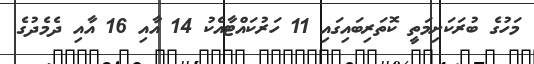
މަހުގެ ބުރަކަށިމަތީ ކޮތަރިބައިގައި 11 ހަރުކައްޓާއެކު 14 އާއި 16 އާއި ދެމެދުގެ